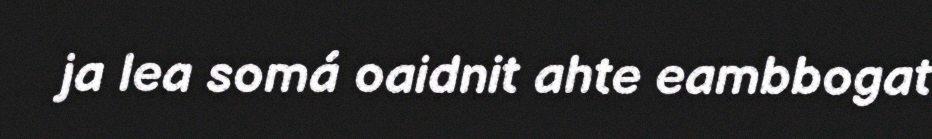
ja lea somá oaidnit ahte eambbogat